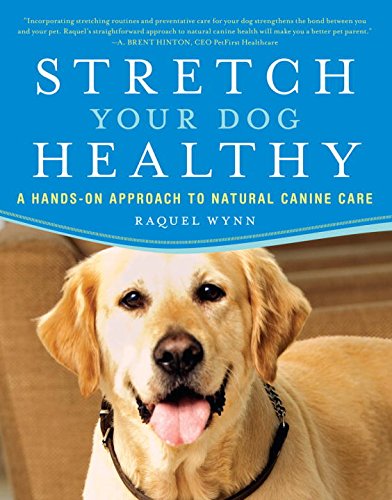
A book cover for Stretch Your Dog Healthy: A Hands-On Approach to Natural Canine Care; Raquel Wynn; Health, Fitness & Dieting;